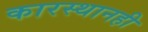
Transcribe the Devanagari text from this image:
कारस्थानही